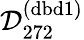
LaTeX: \mathcal{D}_{272}^{(\mathrm{dbd}1)}